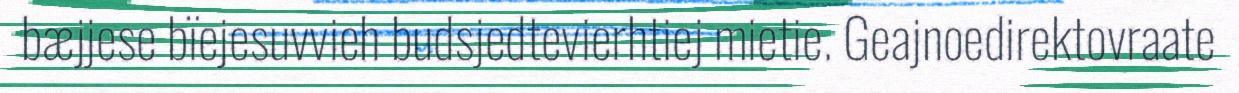
bæjjese bïejesuvvieh budsjedtevierhtiej mietie. Geajnoedirektovraate